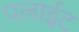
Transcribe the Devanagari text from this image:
पलाईट